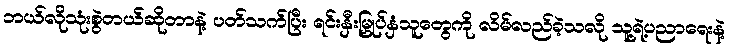
ဘယ်လိုသုံးစွဲတယ်ဆိုတာနဲ့ ပတ်သက်ပြီး ရင်းနှီးမြှုပ်နှံသူတွေကို လိမ်လည်ခဲ့သလို သူ့ရဲ့ပညာရေးနဲ့